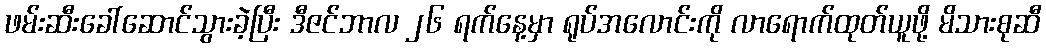
ဖမ်းဆီးခေါ်ဆောင်သွားခဲ့ပြီး ဒီဇင်ဘာလ ၂၆ ရက်နေ့မှာ ရုပ်အလောင်းကို လာရောက်ထုတ်ယူဖို့ မိသားစုဆီ